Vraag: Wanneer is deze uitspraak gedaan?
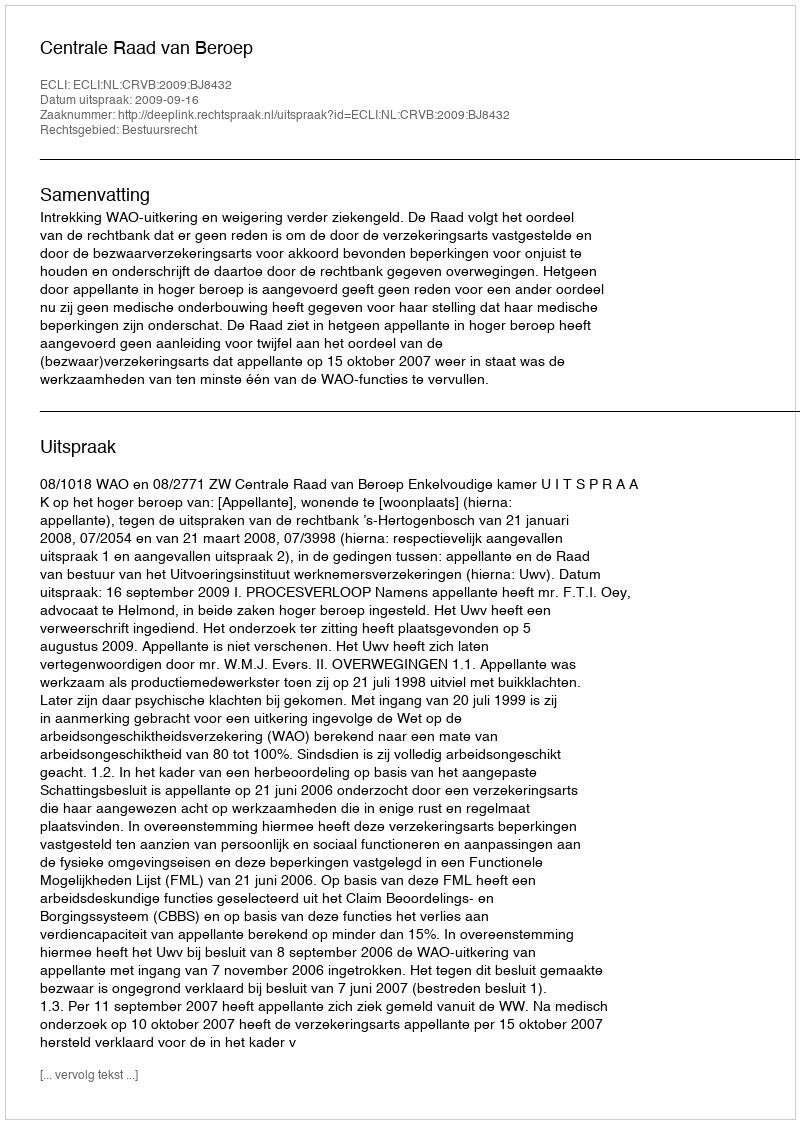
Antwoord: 2009-09-16